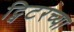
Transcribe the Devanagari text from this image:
ट्विटरच्या